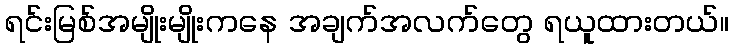
ရင်းမြစ်အမျိုးမျိုးကနေ အချက်အလက်တွေ ရယူထားတယ်။